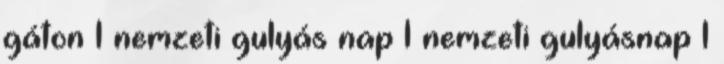
gáton 1 nemzeti gulyás nap 1 nemzeti gulyásnap 1